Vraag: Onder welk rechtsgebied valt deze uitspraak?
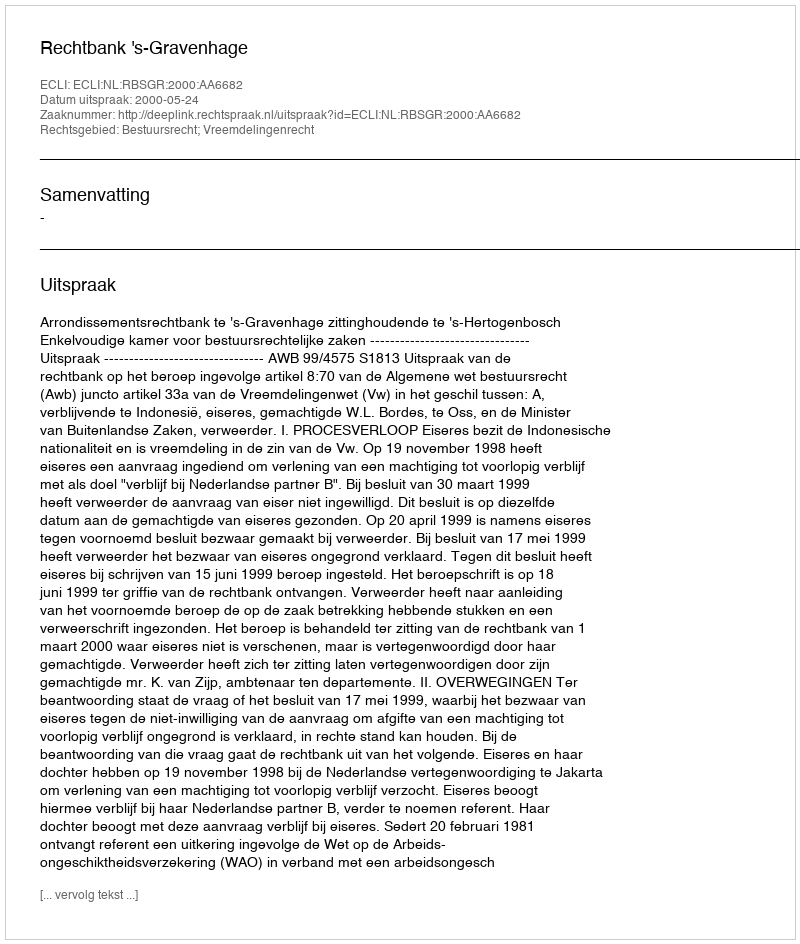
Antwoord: Bestuursrecht; Vreemdelingenrecht